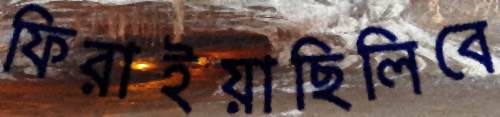
ফিরাইয়াছিলিবে